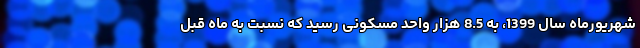
شهریورماه سال 1399، به 8.5 هزار واحد مسکونی رسید که نسبت به ماه قبل